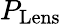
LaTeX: P_{\mathrm{Lens}}